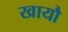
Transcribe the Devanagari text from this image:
खायौ